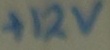
Text: +12V